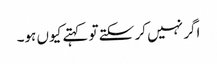
اگر نہیں کر سکتے تو کہتے کیوں ہو۔